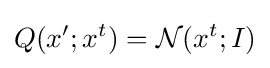
Q(x';x^{t})={\mathcal {N}}(x^{t};I)